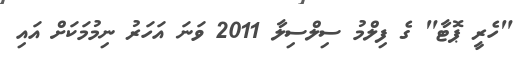
"ހެރީ ޕޮޓާ" ގެ ފިލްމު ސިލްސިލާ 2011 ވަނަ އަހަރު ނިމުމަކަށް އައި